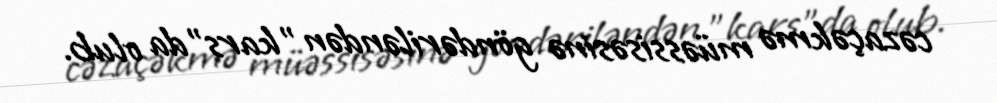
cəzaçəkmə müəssisəsinə göndəriləndən ”kars"da olub.